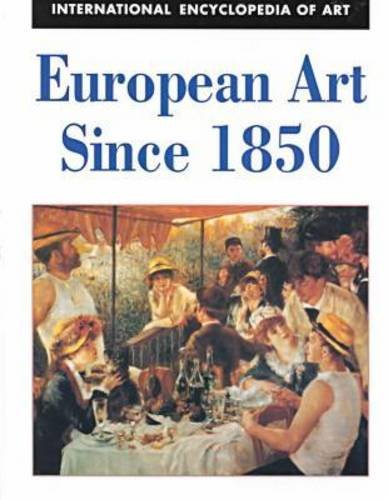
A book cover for European Art Since 1850 (International Encyclopedia of Art Series); Nancy Malloy; Teen & Young Adult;